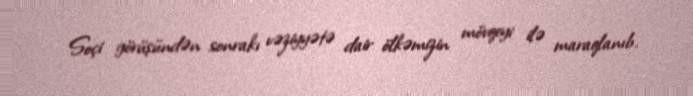
Soçi görüşündən sonrakı vəziyyətə dair ölkəmizin mövqeyi ilə maraqlanıb.